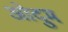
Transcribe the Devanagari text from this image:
ओदुम